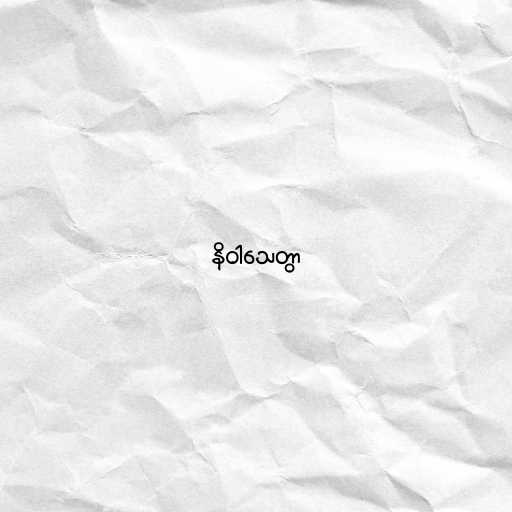
နိဝါသေတွာ